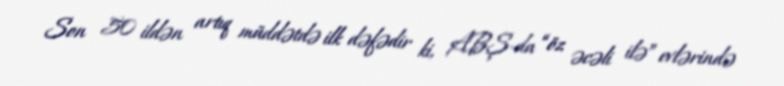
Son 50 ildən artıq müddətdə ilk dəfədir ki, ABŞ-da “öz əcəli ilə” evlərində